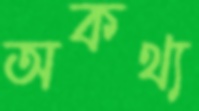
অকথ্য